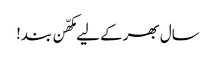
سال بھر کے لیے مکھّن بند!